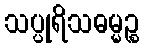
သပ္ပုရိသဓမ္မဉ္စ